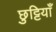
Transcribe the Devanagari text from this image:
छुट्टियाँ